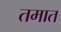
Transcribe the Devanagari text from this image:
तमात